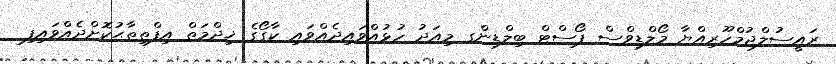
ރައީސުލްޖުމްހޫރިއްޔާ މޯލްޑިވްސް ޕޯސްޓް ބިލްޑިންގ މިއަދު ހުޅުއްވައިދެއްވައި ކާގޯގެ ޚިދްމަތް އިފްތިތާޙުކޮށްދެއްވައިފި